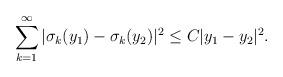
LaTeX: \begin{align*}\sum_{k=1}^{\infty}|\sigma_k(y_1)-\sigma_k(y_2)|^2\leq C|y_1-y_2|^2.\end{align*}